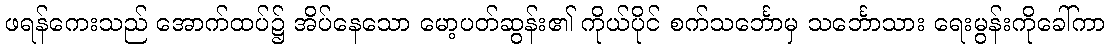
ဖရန်ကေးသည် အောက်ထပ်၌ အိပ်နေသော မော့ပတ်ဆွန်း၏ ကိုယ်ပိုင် စက်သင်္ဘောမှ သင်္ဘောသား ရေးမွန်းကိုခေါ်ကာ